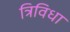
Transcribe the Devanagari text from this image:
त्रिविधा